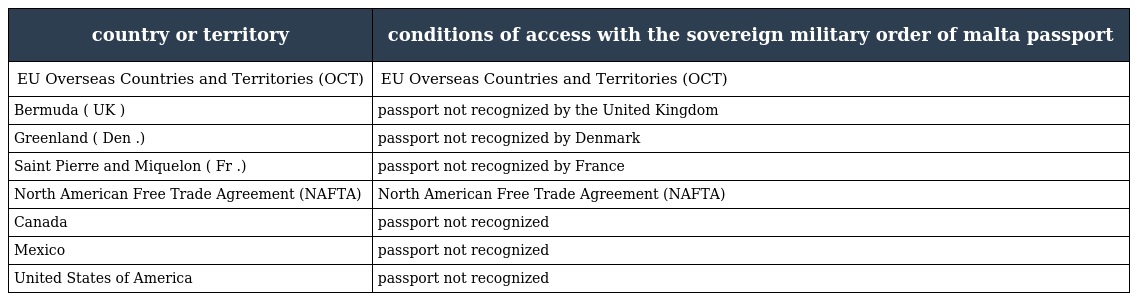
| country or territory | conditions of access with the sovereign military order of malta passport |
 | --- | --- |
 | EU Overseas Countries and Territories (OCT) | EU Overseas Countries and Territories (OCT) |
 | Bermuda ( UK ) | passport not recognized by the United Kingdom |
 | Greenland ( Den .) | passport not recognized by Denmark |
 | Saint Pierre and Miquelon ( Fr .) | passport not recognized by France |
 | North American Free Trade Agreement (NAFTA) | North American Free Trade Agreement (NAFTA) |
 | Canada | passport not recognized |
 | Mexico | passport not recognized |
 | United States of America | passport not recognized |